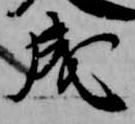
成